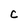
Character: c